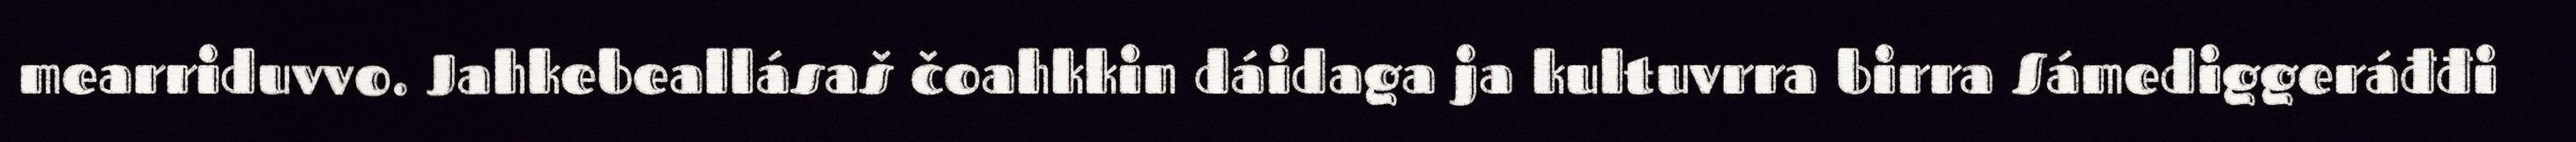
mearriduvvo. Jahkebeallásaš čoahkkin dáidaga ja kultuvrra birra Sámediggeráđđi